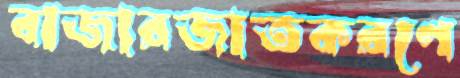
বাজারজাতকরণে